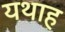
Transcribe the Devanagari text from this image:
यथाह